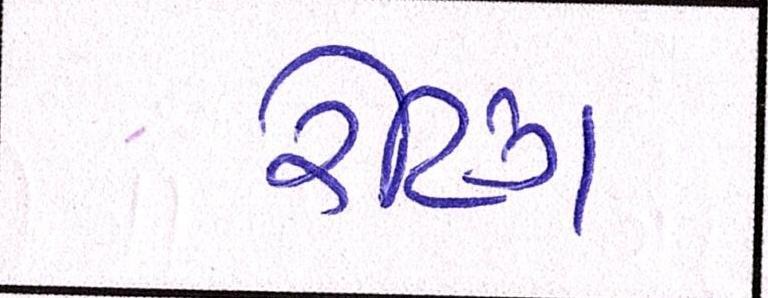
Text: રેટિંગ